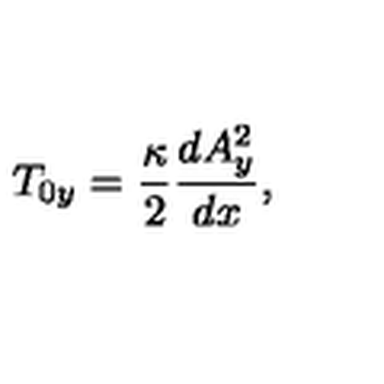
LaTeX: T _ { 0 y } = { \frac { \kappa } { 2 } } { \frac { d A _ { y } ^ { 2 } } { d x } } ,